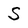
Character: S